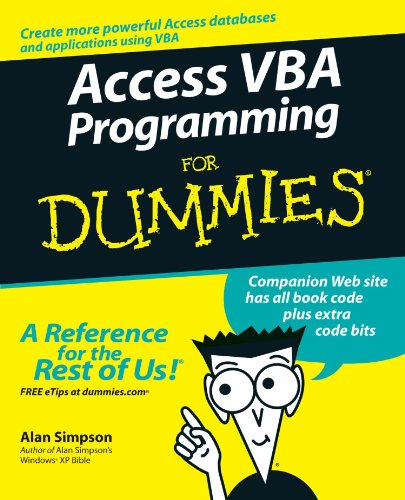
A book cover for Access VBA Programming For Dummies; Alan Simpson; Computers & Technology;